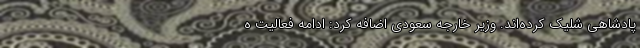
پادشاهی شلیک کرده‌اند. وزیر خارجه سعودی اضافه کرد: ادامه فعالیت ه